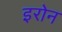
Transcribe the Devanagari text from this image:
इरोन